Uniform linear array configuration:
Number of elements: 24
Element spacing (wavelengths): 0.5
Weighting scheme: binomial
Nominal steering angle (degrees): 0
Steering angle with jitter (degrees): -0.8848
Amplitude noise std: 0.05
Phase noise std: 0.05

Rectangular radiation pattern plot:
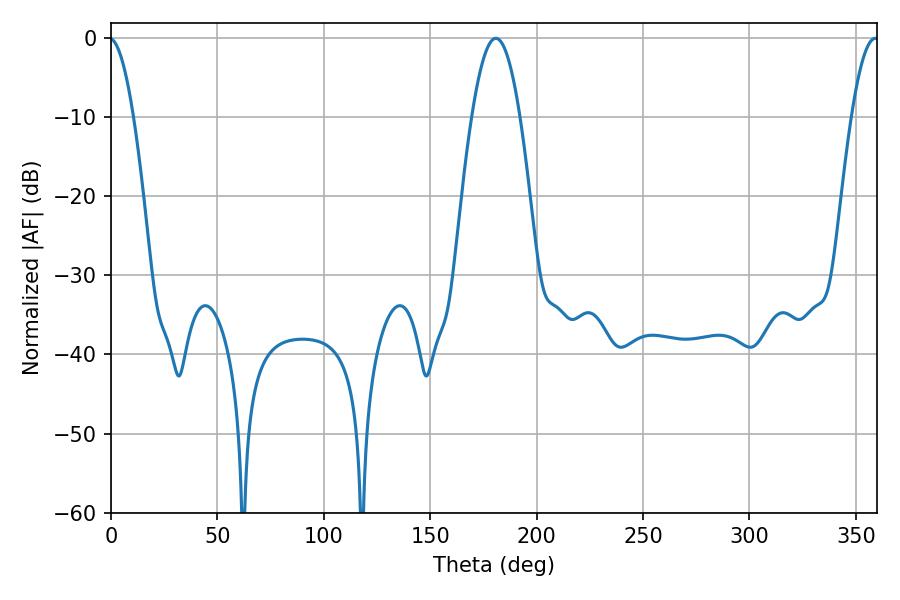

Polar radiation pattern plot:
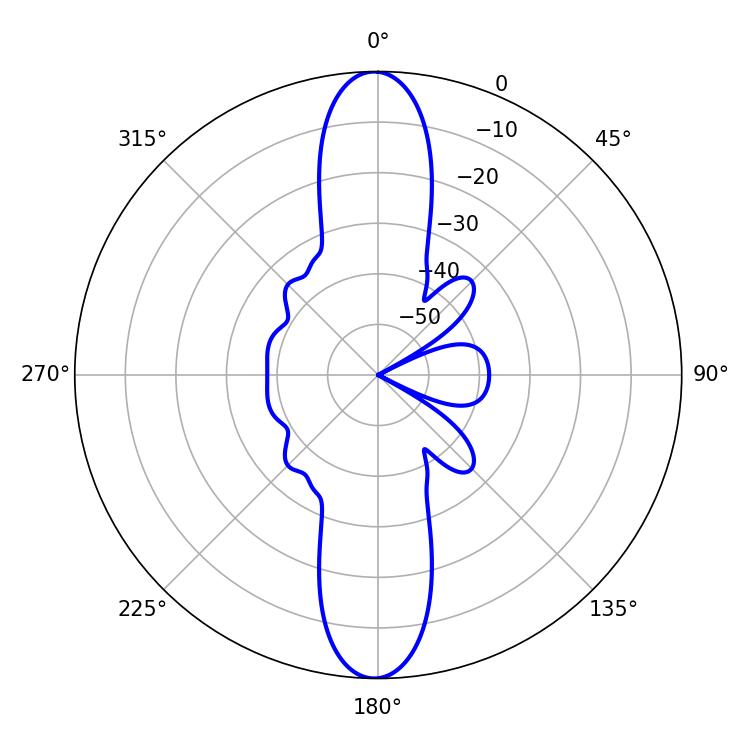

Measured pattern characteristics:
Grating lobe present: FALSE
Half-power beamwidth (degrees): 12.42
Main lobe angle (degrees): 180.9